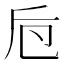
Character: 𠨗